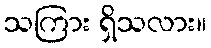
သကြား ရှိသလား။